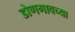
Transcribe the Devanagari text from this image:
डोणगावच्या